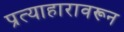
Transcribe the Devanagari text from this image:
प्रत्याहारावरून